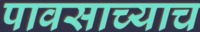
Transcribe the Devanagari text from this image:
पावसाच्याच